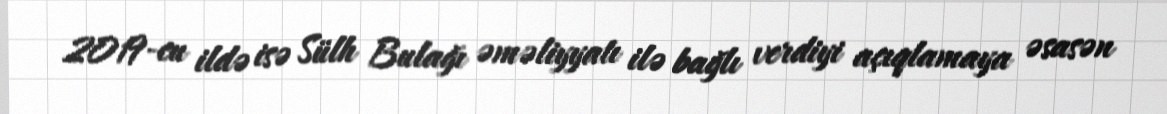
2019-cu ildə isə Sülh Bulağı əməliyyatı ilə bağlı verdiyi açıqlamaya əsasən